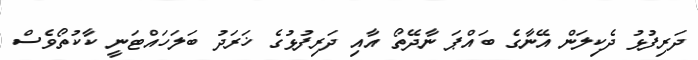
ދަރިފުޅު ދެކިލަން އޭނާގެ ބައްޕަ ނާދޭތޯ އާއި ދަރިފުޅުގެ ޚަރަދު ބަލަހައްޓަނީ ކާކުތޯވެސް